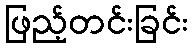
ဖြည့်တင်းခြင်း